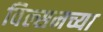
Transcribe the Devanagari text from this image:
विल्सनच्या